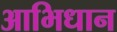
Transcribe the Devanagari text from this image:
आभिधान